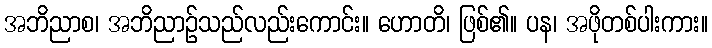
အဘိညာစ၊ အဘိညာဉ်သည်လည်းကောင်း။ ဟောတိ၊ ဖြစ်၏။ ပန၊ အဖိုတစ်ပါးကား။